Cholera in southern India
Disease focus: Cholera
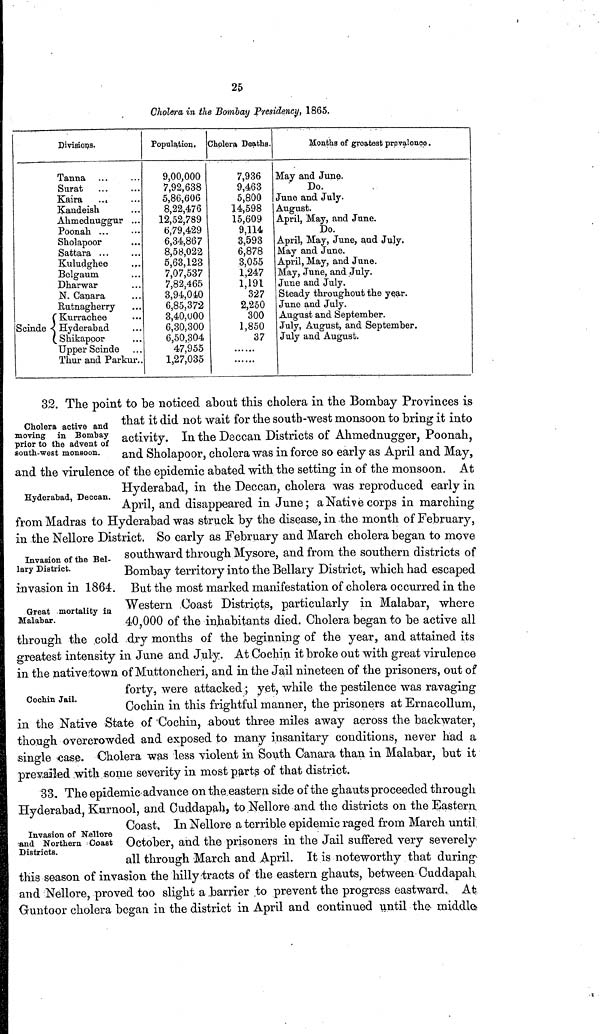
25
Cholera in the Bombay Presidency, 1865.
Divisions.
Tanna
Surat
Kaira ...
Kandeish
Ahmednuggur
Poonah ...
Sholapoor
Sattara ...
Kuludghee
Belgaum
Dharwar
N. Canara
Rutnagherry
Kurrachee
Scinde Hyderabad
Shikapoor
Upper Scinde
Thur and Parkur
Population,
9,00,000
7,92,638
5,86,606
8,22,476
12,52,789
6,79,429
6,34,867
8,58,022
5,63,123
7,07,537
7,82,465
3,94,010
6,85,372
3,40,000
6,30,300
6,50,304
47,955
1,27,035
Cholera Deaths.
7,936
9,463
5,800
14,598
15,609
9,114
3,593
6,878
3,055
1,247
1,191
327
2,250
300
1,850
37
Mouths of greatest prevalence .
May and June.
Do.
June and July.
August.
April, May, and June.
Do.
April, May, June, and July.
May and June.
April, May, and June.
May, June, and July.
June and July.
Steady throughout the year.
June and July.
August and September.
July, August, and September.
July and August.
Cholera active and
moving in Bombay
prior to the advent of
south-west monsoon.
32. The point to be noticed about this cholera in the Bombay Provinces is
that it did not wait for the south-west monsoon to bring it into
activity. In the Deccan Districts of Ahmednugger, Poonah,
and Sholapoor, cholera was in force so early as April and May,
and the virulence of the epidemic abated with the setting in of the monsoon. At
Hyderabad, Deccan.
Hyderabad, in the Deccan, cholera was reproduced early in
April, and disappeared in June; a Native corps in marching
from Madras to Hyderabad was struck by the disease, in -the month of February,
in the Nellore District. So early as February and March cholera began to move
Invasion of the Bel-
lary District.
southward through Mysore, and from the southern districts of
Bombay territory into the Bellary District, which had escaped
invasion in 1864. But the most marked manifestation of cholera occurred in the
Great mortality in
Malabar.
Western Coast Districts, particularly in Malabar, where
40,000 of the inhabitants died. Cholera began to be active all
through the cold dry months of the beginning of the year, and attained its
greatest intensity in June and July. At Cochin it broke out with great virulence
in the native town of Muttoncheri, and in the Jail nineteen of the prisoners, out of
Cochin Jail
forty, were attacked; yet, while the pestilence was ravaging
Cochin in this frightful manner, the prisoners at Ernacollum,
in the Native State of Cochin, about three miles away across the backwater,
though overcrowded and exposed to many insanitary conditions, never had a
single case. Cholera was less violent in South Canara than in Malabar, but it
prevailed with some severity in most parts of that district.
Invasion of Nellore
and Northern Coast
Districts.
33, The epidemic advance on the eastern side of the ghauts proceeded through
Hyderabad, Kurnool, and Cuddapah, to Nellore and the districts on the Eastern
Coast, In Nellore a terrible epidemic raged from March until
October, and the prisoners in the Jail suffered very severely
all through March and April. It is noteworthy that during
this season of invasion the hilly tracts of the eastern ghauts, between Cuddapah
and Nellore, proved too slight a barrier to prevent the progress eastward. At
Guntoor cholera began in the district in April and continued until the middle